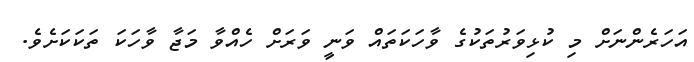
އަހަރެންނަށް މި ކުޅިވަރުތަކުގެ ވާހަކަތައް ވަނީ ވަރަށް ހެއްވާ މަޖާ ވާހަކަ ތަކަކަށެވެ.